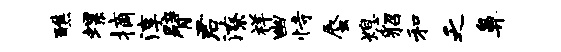
醮螺摘淳臂君潦祥幽恃蜃熄貂和乏鼻